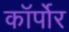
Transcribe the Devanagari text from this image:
कॉर्पोर